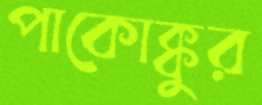
পাকোক্কুর